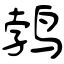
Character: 鹁